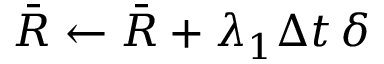
\bar { R } \gets \bar { R } + \lambda _ { 1 } \Delta t \, \delta